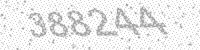
Solution: 388244